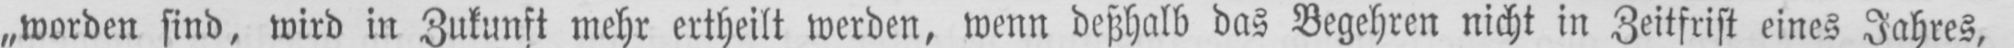
„worden sind, wird in Zukunft mehr ertheilt werden, wenn deßhalb das Begehren nicht in Zeitfrist eines Jahres,